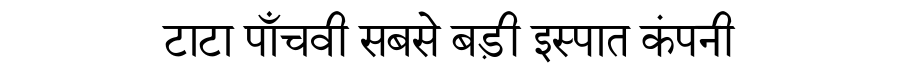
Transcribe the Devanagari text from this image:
टाटा पाँचवी सबसे बड़ी इस्पात कंपनी